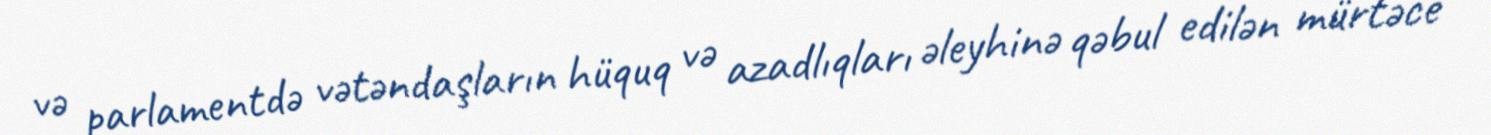
və parlamentdə vətəndaşların hüquq və azadlıqları əleyhinə qəbul edilən mürtəce